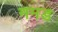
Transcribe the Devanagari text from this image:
ममड